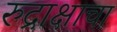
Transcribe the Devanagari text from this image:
रुद्राक्षाचा